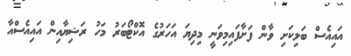
އައިއެސް ބަލިކަށި ވާން ފަށާފައިމިވަނީ މިދިޔަ އަހަރުގެ އޮކްޓޯބަރު މަހު ރަޝިޔާއިން އައިއެސްއާ